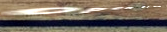
Open 24 Hours